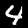
Digit: 4